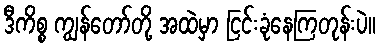
ဒီကိစ္စ ကျွန်တော်တို့ အထဲမှာ ငြင်းခုံနေကြတုန်းပဲ။